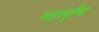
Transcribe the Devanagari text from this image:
महावृष्टि